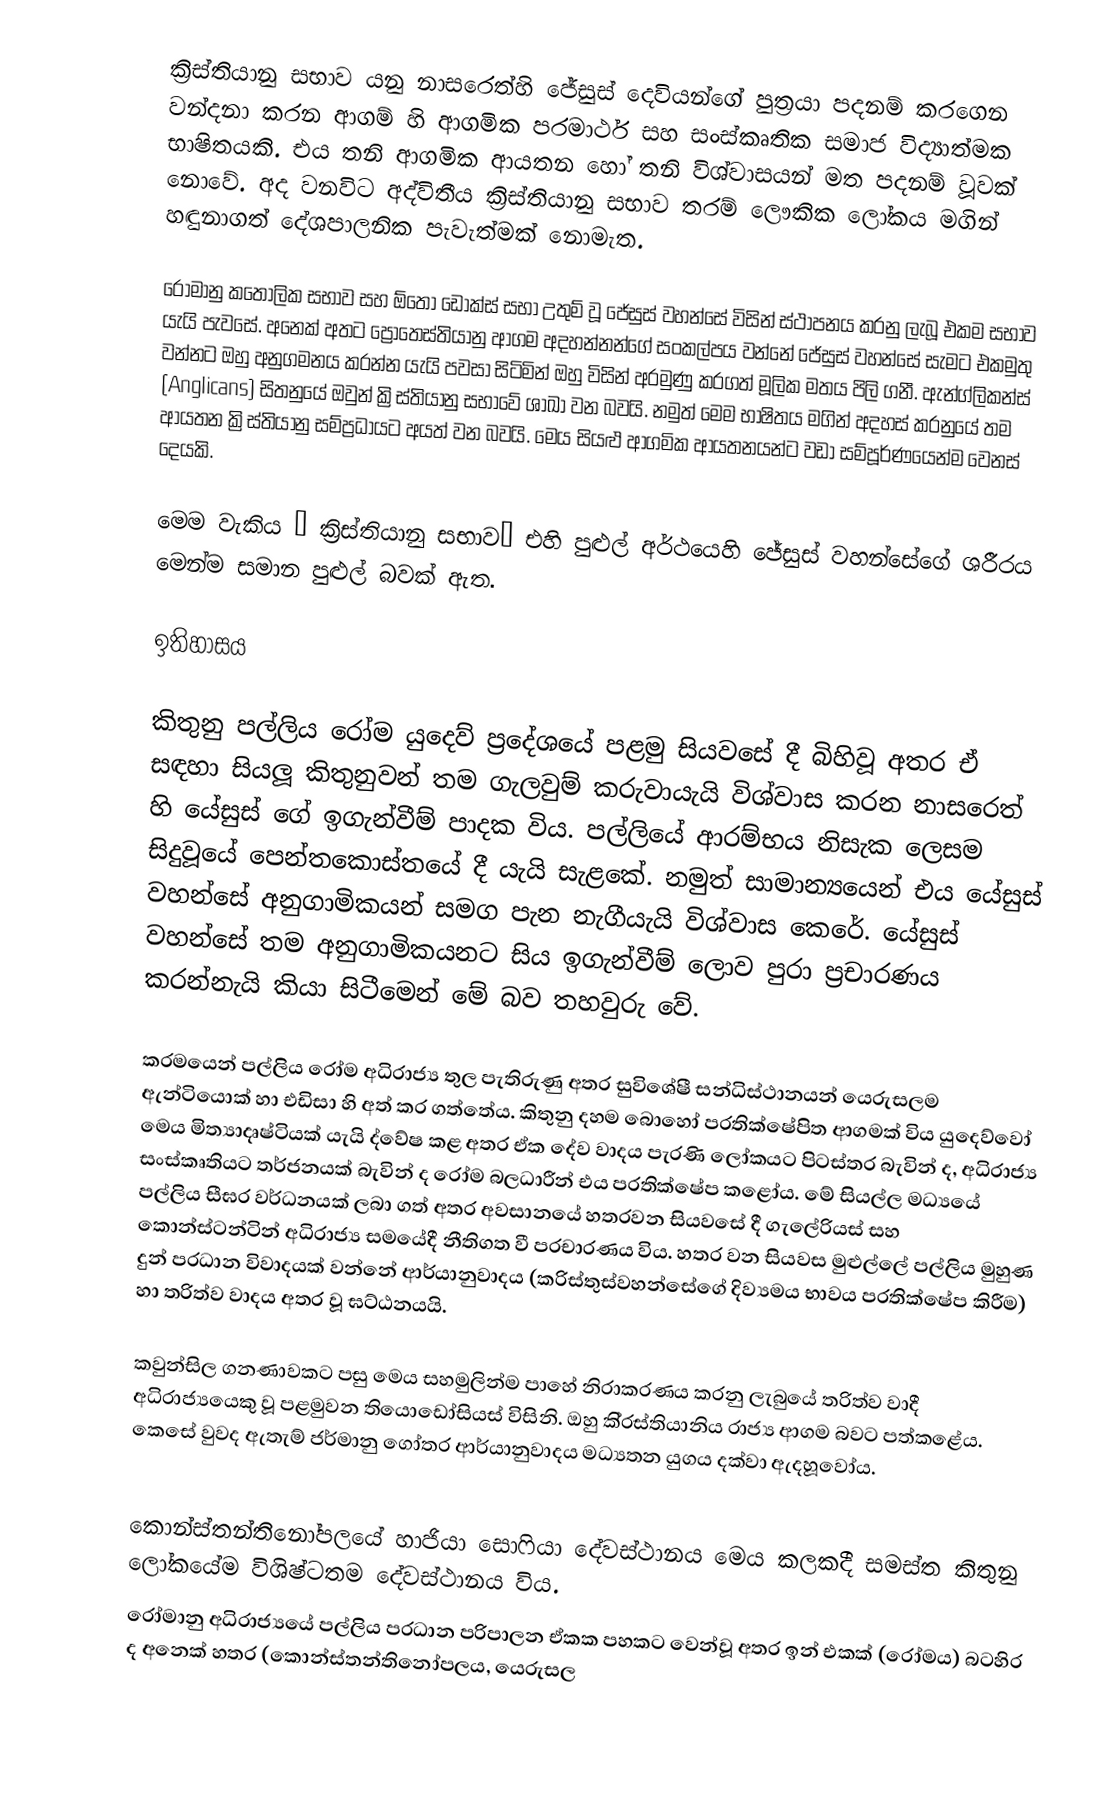
ක්‍රිස්තියානු සභාව යනු නාසරෙත්හි ජේසුස් දෙවියන්ගේ පුත්‍රයා පදනම් කරගෙන වන්දනා කරන ආගම් හි ආගමික පරමාර්ථ සහ සංස්කෘතික සමාජ විද්‍යාත්මක භාෂිතයකි. එය තනි ආගමික ආයතන හෝ තනි විශ්වාසයන් මත පදනම් වූවක් නොවේ. අද වනවිට අද්විතීය ක්‍රිස්තියානු සභාව තරම් ලෞකික ලෝකය මගින් හඳුනාගත් දේශපාලනික පැවැත්මක් නොමැත.

රෝමානු කතෝලික සභාව සහ ඕතෝ ඩොක්ස් සභා උතුම් වූ ජේසුස් වහන්සේ විසින් ස්ථාපනය කරනු ලැබූ එකම සභාව යැයි පැවසේ. අනෙක් අතට ප්‍රොතෙස්තියානු ආගම අදහන්නන්ගේ සංකල්පය වන්නේ ජේසුස් වහන්සේ සැමට එකමුතු වන්නට ඔහු අනුගමනය කරන්න යැයි පවසා සිටිමින් ඔහු විසින් අරමුණු කරගත් මූලික මතය පිලි ගනී. ඇන්ග්ලිකන්ස් (Anglicans) සිතනුයේ ඔවුන් ක්‍රිස්තියානු සභාවේ ශාඛා වන බවයි. නමුත් මෙම භාෂිතය මගින් අදහස් කරනුයේ තම ආයතන ක්‍රිස්තියානු සම්ප්‍රධායට අයත් වන බවයි. මෙය සියළු ආගමික ආයතනයන්ට වඩා සම්පූර්ණයෙන්ම වෙනස් දෙයකි.

මෙම වැකිය “ ක්‍රිස්තියානු සභාව” එහි පුළුල් අර්ථයෙහි ජේසුස් වහන්සේගේ ශරීරය මෙන්ම සමාන පුළුල් බවක් ඇත.

ඉතිහාසය

කිතුනු පල්ලිය රෝම යුදෙව් ප‍්‍රදේශයේ පළමු සියවසේ දී බිහිවූ අතර ඒ සඳහා සියලූ කිතුනුවන් තම ගැලවුම් කරුවායැයි විශ්වාස කරන නාසරෙත් හි යේසුස් ගේ ඉගැන්වීම් පාදක විය. පල්ලියේ ආරම්භය නිසැක ලෙසම සිදුවූයේ පෙන්තකොස්තයේ දී යැයි සැළකේ. නමුත් සාමාන්‍යයෙන් එය යේසුස් වහන්සේ අනුගාමිකයන් සමග පැන නැගීයැයි විශ්වාස කෙරේ. යේසුස් වහන්සේ තම අනුගාමිකයනට සිය ඉගැන්වීම් ලොව පුරා ප‍්‍රචාරණය කරන්නැයි කියා සිටීමෙන් මේ බව තහවුරු වේ.

ක‍්‍රමයෙන් පල්ලිය රෝම අධිරාජ්‍ය තුල පැතිරුණු අතර සුවිශේෂී සන්ධිස්ථානයන් යෙරුසලම ඇන්ටියොක් හා එඩිසා හි අත් කර ගත්තේය. කිතුනු දහම බොහෝ ප‍්‍රතික්ෂේපිත ආගමක් විය යුදෙව්වෝ මෙය මිත්‍යාදෘෂ්ටියක් යැයි ද්වේෂ කළ අතර ඒක දේව වාදය පැරණි ලෝකයට පිටස්තර බැවින් ද, අධිරාජ්‍ය සංස්කෘතියට තර්ජනයක් බැවින් ද රෝම බලධාරීන් එය ප‍්‍රතික්ෂේප කළෝය. මේ සියල්ල මධ්‍යයේ පල්ලිය සීඝ‍්‍ර වර්ධනයක් ලබා ගත් අතර අවසානයේ හතරවන සියවසේ දී ගැලේරියස් සහ කොන්ස්ටන්ටින් අධිරාජ්‍ය සමයේදී නීතිගත වී ප‍්‍රචාරණය විය. හතර වන සියවස මුළුල්ලේ පල්ලිය මුහුණ දුන් ප‍්‍රධාන විවාදයක් වන්නේ ආර්යානුවාදය (ක‍්‍රිස්තුස්වහන්සේගේ දිව්‍යමය භාවය ප‍්‍රතික්ෂේප කිරීම) හා ත‍්‍රිත්ව වාදය අතර වූ ඝට්ඨනයයි.

කවුන්සිල ගනණාවකට පසු මෙය සහමුලින්ම පාහේ නිරාකරණය කරනු ලැබුයේ ත‍්‍රිත්ව වාදී අධිරාජ්‍යයෙකු වූ පළමුවන තියොඩෝසියස් විසිනි. ඔහු කි‍්‍රස්තියානිය රාජ්‍ය ආගම බවට පත්කළේය. කෙසේ වුවද ඇතැම් ජර්මානු ගෝත‍්‍ර ආර්යානුවාදය මධ්‍යතන යුගය දක්වා ඇදහූවෝය.

කොන්ස්තන්තිනෝපලයේ හාජියා සොෆියා දේවස්ථානය මෙය කලකදී සමස්ත කිතුනු ලෝකයේම විශිෂ්ටතම දේවස්ථානය විය.
රෝමානු අධිරාජ්‍යයේ පල්ලිය ප‍්‍රධාන පරිපාලන ඒකක පහකට වෙන්වූ අතර ඉන් එකක් (රෝමය) බටහිර ද අනෙක් හතර (කොන්ස්තන්තිනෝපලය, යෙරුසල